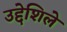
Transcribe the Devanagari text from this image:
उद्देशिले